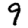
Digit: 9